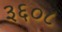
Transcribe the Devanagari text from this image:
३६०८